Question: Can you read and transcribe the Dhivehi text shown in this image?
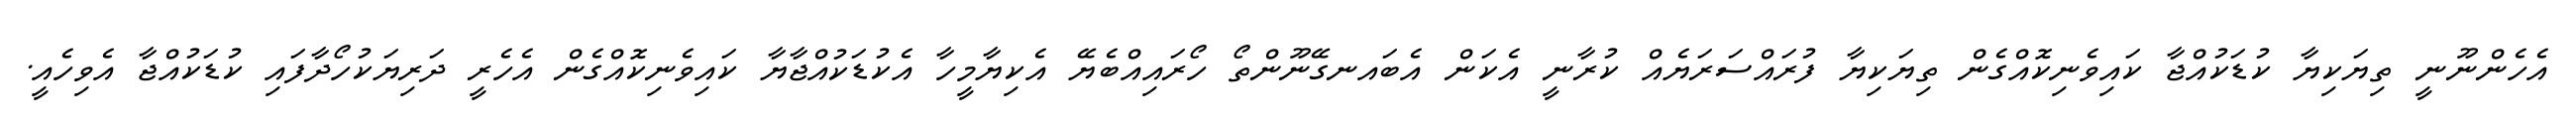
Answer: އެހެންނޫނީ ތިޔަކިޔާ ކުޑަކުއްޖާ ކައިވެނިކޮއްގެން ތިޔަކިޔާ ފުރައްސަރަޔެއް ކުރާނީ އެކަން އެބައނގޭނޫންތޯ ހޯރައިއްބެޔޭ އެކިޔާމީހާ އެކުޑަކުއްޖާޔާ ކައިވެނިކޮއްގެން އެހެރީ ދަރިޔަކުހޯދާފައި ކުޑަކުއްޖާ އެވިހެއީ.